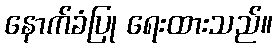
နောက်ခံပြု ရေးထားသည်။